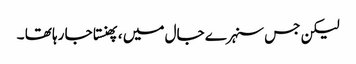
لیکن جس سنہرے جال میں ، پھنستا جا رہا تھا ۔